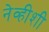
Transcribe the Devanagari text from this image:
नेव्हीशी